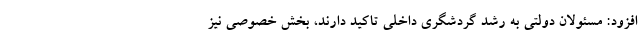
افزود: مسئولان دولتی به رشد گردشگری داخلی تاکید دارند، بخش خصوصی نیز